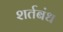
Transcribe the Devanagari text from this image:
शर्तबंध